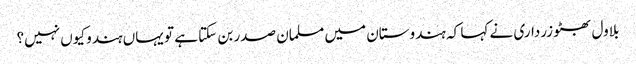
بلاول بھٹو زرداری نے کہا کہ ہندوستان میں مسلمان صدر بن سکتا ہے تو یہاں ہندو کیوں نہیں؟